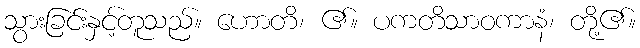
သွားခြင်းနှင့်တူသည်။ ဟောတိ၊ ၏။ ပကတိသာဝကာနံ၊ တို့၏။